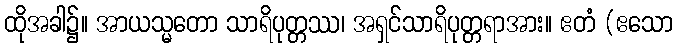
ထိုအခါ၌။ အာယသ္မတော သာရိပုတ္တဿ၊ အရှင်သာရိပုတ္တရာအား။ ဧတံ (ဧသော